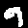
Label: 9